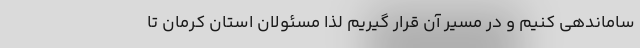
ساماندهی کنیم و در مسیر آن قرار گیریم لذا مسئولان‌ استان کرمان تا